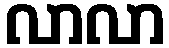
လာလာ